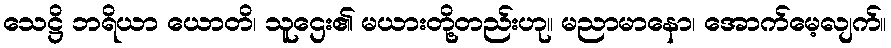
သေဋ္ဌိ ဘရိယာ ယောတိ၊ သူဌေး၏ မယားတို့တည်းဟု။ မညာမာနော၊ အောက်မေ့လျက်။